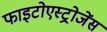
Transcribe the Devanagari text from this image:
फाइटोएस्ट्रोजेंस